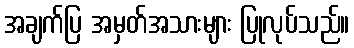
အချက်ပြ အမှတ်အသားများ ပြုလုပ်သည်။